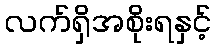
လက်ရှိအစိုးရနှင့်